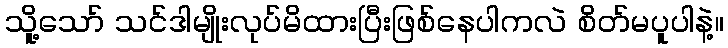
သိူ့သော် သင်ဒါမျိုးလုပ်မိထားပြီးဖြစ်နေပါကလဲ စိတ်မပူပါနဲ့။